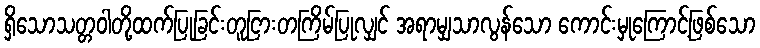
ရှိသောသတ္တဝါတို့ထက်ပြုခြင်းတူငြားတကြိမ်ပြုလျှင် အရာမျှသာလွန်သော ကောင်းမှုကြောင့်ဖြစ်သော